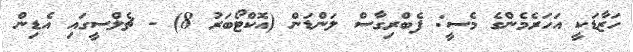
ހަޒާޑަކީ އަހަރެމެންގެ މެސީ: ފެބްރިގާސް ލަންޑަން (އޮކްޓޯބަރު 8) - ޗެލްސީގައި އެޑިން